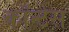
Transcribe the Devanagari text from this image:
कॉन्टेस